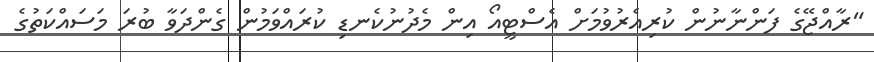
"ރާއްޖޭގެ ފަންނާނުން ކުރިއެރުވުމަށް އެސްޓީއޯ އިން މެދުނުކެނޑި ކުރައްވަމުން ގެންދަވާ ބުރަ މަސައްކަތުގެ